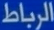
الربطاط